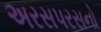
અરસપરસનો